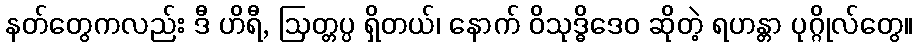
နတ်တွေကလည်း ဒီ ဟိရီ, ဩတ္တပ္ပ ရှိတယ်၊ နောက် ဝိသုဒ္ဓိဒေဝ ဆိုတဲ့ ရဟန္တာ ပုဂ္ဂိုလ်တွေ။